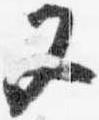
又